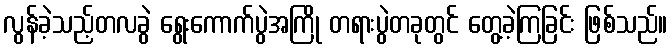
လွန်ခဲ့သည့်တလခွဲ ရွေးကောက်ပွဲအကြို တရားပွဲတခုတွင် တွေ့ခဲ့ကြခြင်း ဖြစ်သည်။